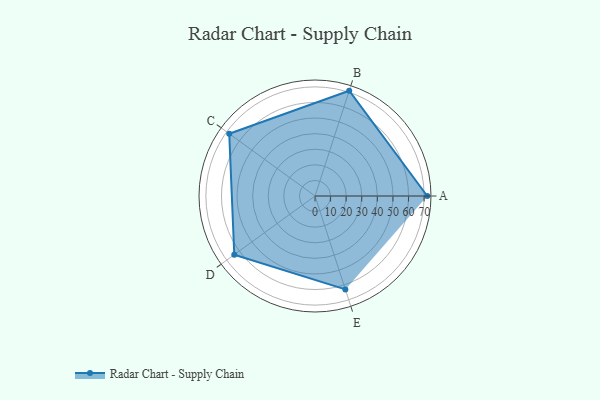
{"axis": {"x": "Skill", "y": "Score"}, "legend": ["Profile"], "data": [{"x": "A", "y": 72.0, "type": "Profile"}, {"x": "B", "y": 71.0, "type": "Profile"}, {"x": "C", "y": 68.0, "type": "Profile"}, {"x": "D", "y": 64.0, "type": "Profile"}, {"x": "E", "y": 63.0, "type": "Profile"}]}